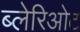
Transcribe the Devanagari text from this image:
ब्लेरिओट